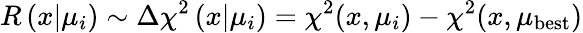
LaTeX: R\left(x|\mu_{i}\right)\sim\Delta\chi^{2}\left(x|\mu_{i}\right)=\chi^{2}(x,\mu_{i})-\chi^{2}(x,\mu_{\textrm{best}})